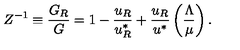
Z ^ { - 1 } \equiv \frac { G _ { R } } { G } = 1 - \frac { u _ { R } } { u _ { R } ^ { * } } + \frac { u _ { R } } { u ^ { * } } \left( \frac { \Lambda } { \mu } \right) .